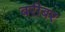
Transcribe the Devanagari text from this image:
बरीबर